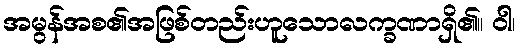
အမွန်အစ၏အဖြစ်တည်းဟူသောလက္ခဏာရှိ၏။ ဝါ၊